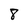
Character: 8